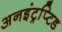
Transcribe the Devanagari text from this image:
अनइंट्रप्टि़ड